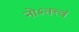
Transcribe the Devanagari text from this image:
नोऽतत्त्वं